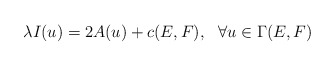
\begin{align*} \lambda I(u) = 2 A(u) + c(E,F), \ \ \forall u \in \Gamma(E,F) \end{align*}